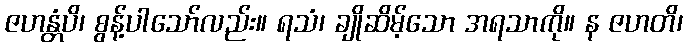
ဇဟန္တံပိ၊ စွန့်ပါသော်လည်း။ ရသံ၊ ချိုဆိမ့်သော အရသာကို။ န ဇဟတိ၊